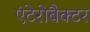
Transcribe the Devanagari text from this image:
एंटेरोबैक्टर